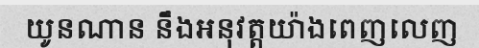
យូនណាន នឹងអនុវត្តយ៉ាងពេញលេញ